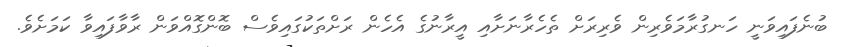
ބުނެފައިވަނީ ހަނގުރާމަވެރިން ވެރިރަށް ތެހެރާނަށާއި އީރާނުގެ އެހެން ރަށްތަކުގައިވެސް ބޮންގޮއްވަން ރާވާފައިވާ ކަމަށެވެ.